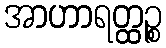
အာဟာရတ္ထဉ္စ